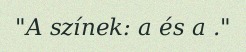
"A színek: a és a ."